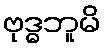
ဗုဒ္ဓဘူမိ